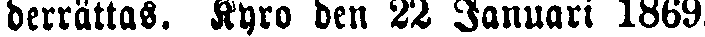
derrättas. Kyro den 22 Januari 1869.